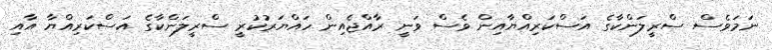
ނަމަވެސް ސްރީލަންކާގެ އަސްކަރިއްޔާއިން ވެސް ވަނީ ރާއްޖެއިން ހައްޔަރުކުރީ ސްރީލަންކާގެ އަސްކަރިއްޔާ އާއި